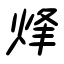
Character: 烽